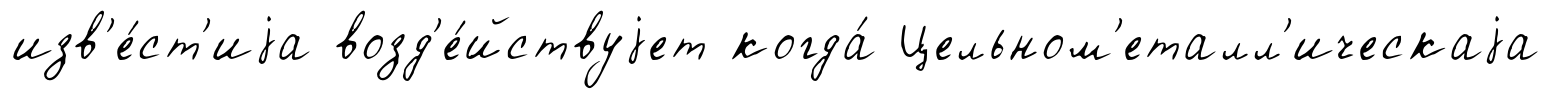
изв'е́ст'иjа возд'е́йствуjет когда́ Цельном'еталл'ическаjа